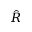
\hat { R }